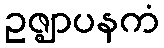
ဥဇ္ဈာပနကံ